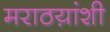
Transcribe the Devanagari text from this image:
मराठय़ांशी